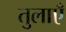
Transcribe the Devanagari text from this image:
तुलाएँ